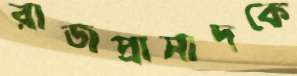
রাজপ্রাসাদকে